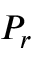
P _ { r }